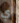
أي